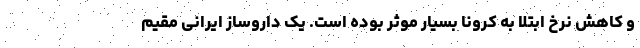
و کاهش نرخ ابتلا به کرونا بسیار موثر بوده است. یک داروساز ایرانی مقیم